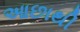
આછાથી